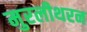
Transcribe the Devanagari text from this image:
मुरलीथरन